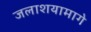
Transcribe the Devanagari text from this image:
जलाशयामागे